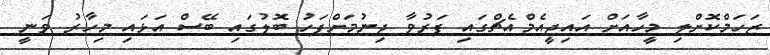
ޒަހަމްކޮށްލި މީހާއަށް އައިޖީއެމްއެޗްގައި ފަރުވާ ދިނުމަށްފަހު ބޮލުގައި ބޭސް އަޅައި މިހާރު ވަނީ